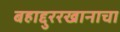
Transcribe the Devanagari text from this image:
बहाद्दुररखानाचा